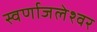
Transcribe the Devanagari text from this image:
स्वर्णाजलेश्वर